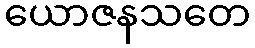
ယောဇနသတေ